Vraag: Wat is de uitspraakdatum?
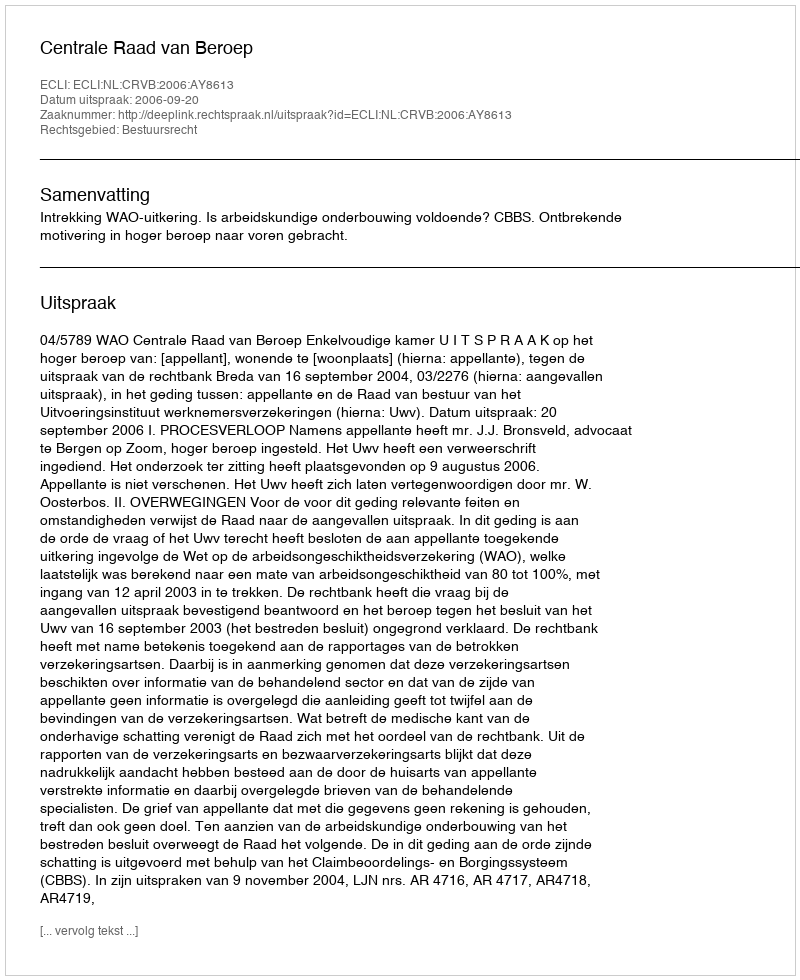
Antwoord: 2006-09-20